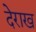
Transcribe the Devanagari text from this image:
देराख